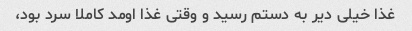
غذا خیلی دیر به دستم رسید و وقتی غذا اومد کاملا سرد بود،